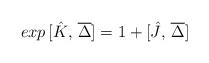
LaTeX: \begin{align*}exp\,[\hat{K},\,\overline{\Delta}] = 1 + [\hat{J},\,\overline{\Delta}]\end{align*}